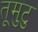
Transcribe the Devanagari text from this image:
तूमुटु